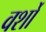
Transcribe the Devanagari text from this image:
वर्शों